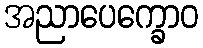
အညာပေက္ခောဝ